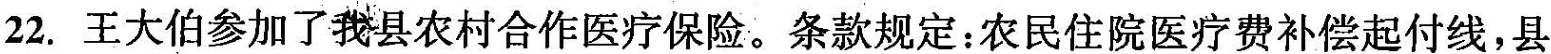
22.王大伯参加了我县农村合作医疗保险。条款规定：农民住院医疗费补偿起付线，县